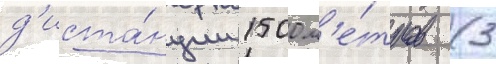
д'иста́нции 1500 м'е́тров (3